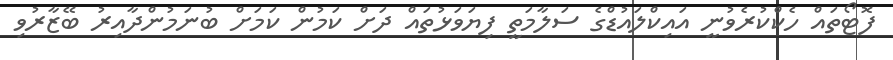
ފޮޓޯތައް ހެކްކުރެވުނީ އައިކްލައުޑްގެ ސަލާމަތީ ފިޔަވަޅުތައް ދަށް ކަމުން ކަމަށް ބުނަމުންދާއިރު ބޭޒާރުވި